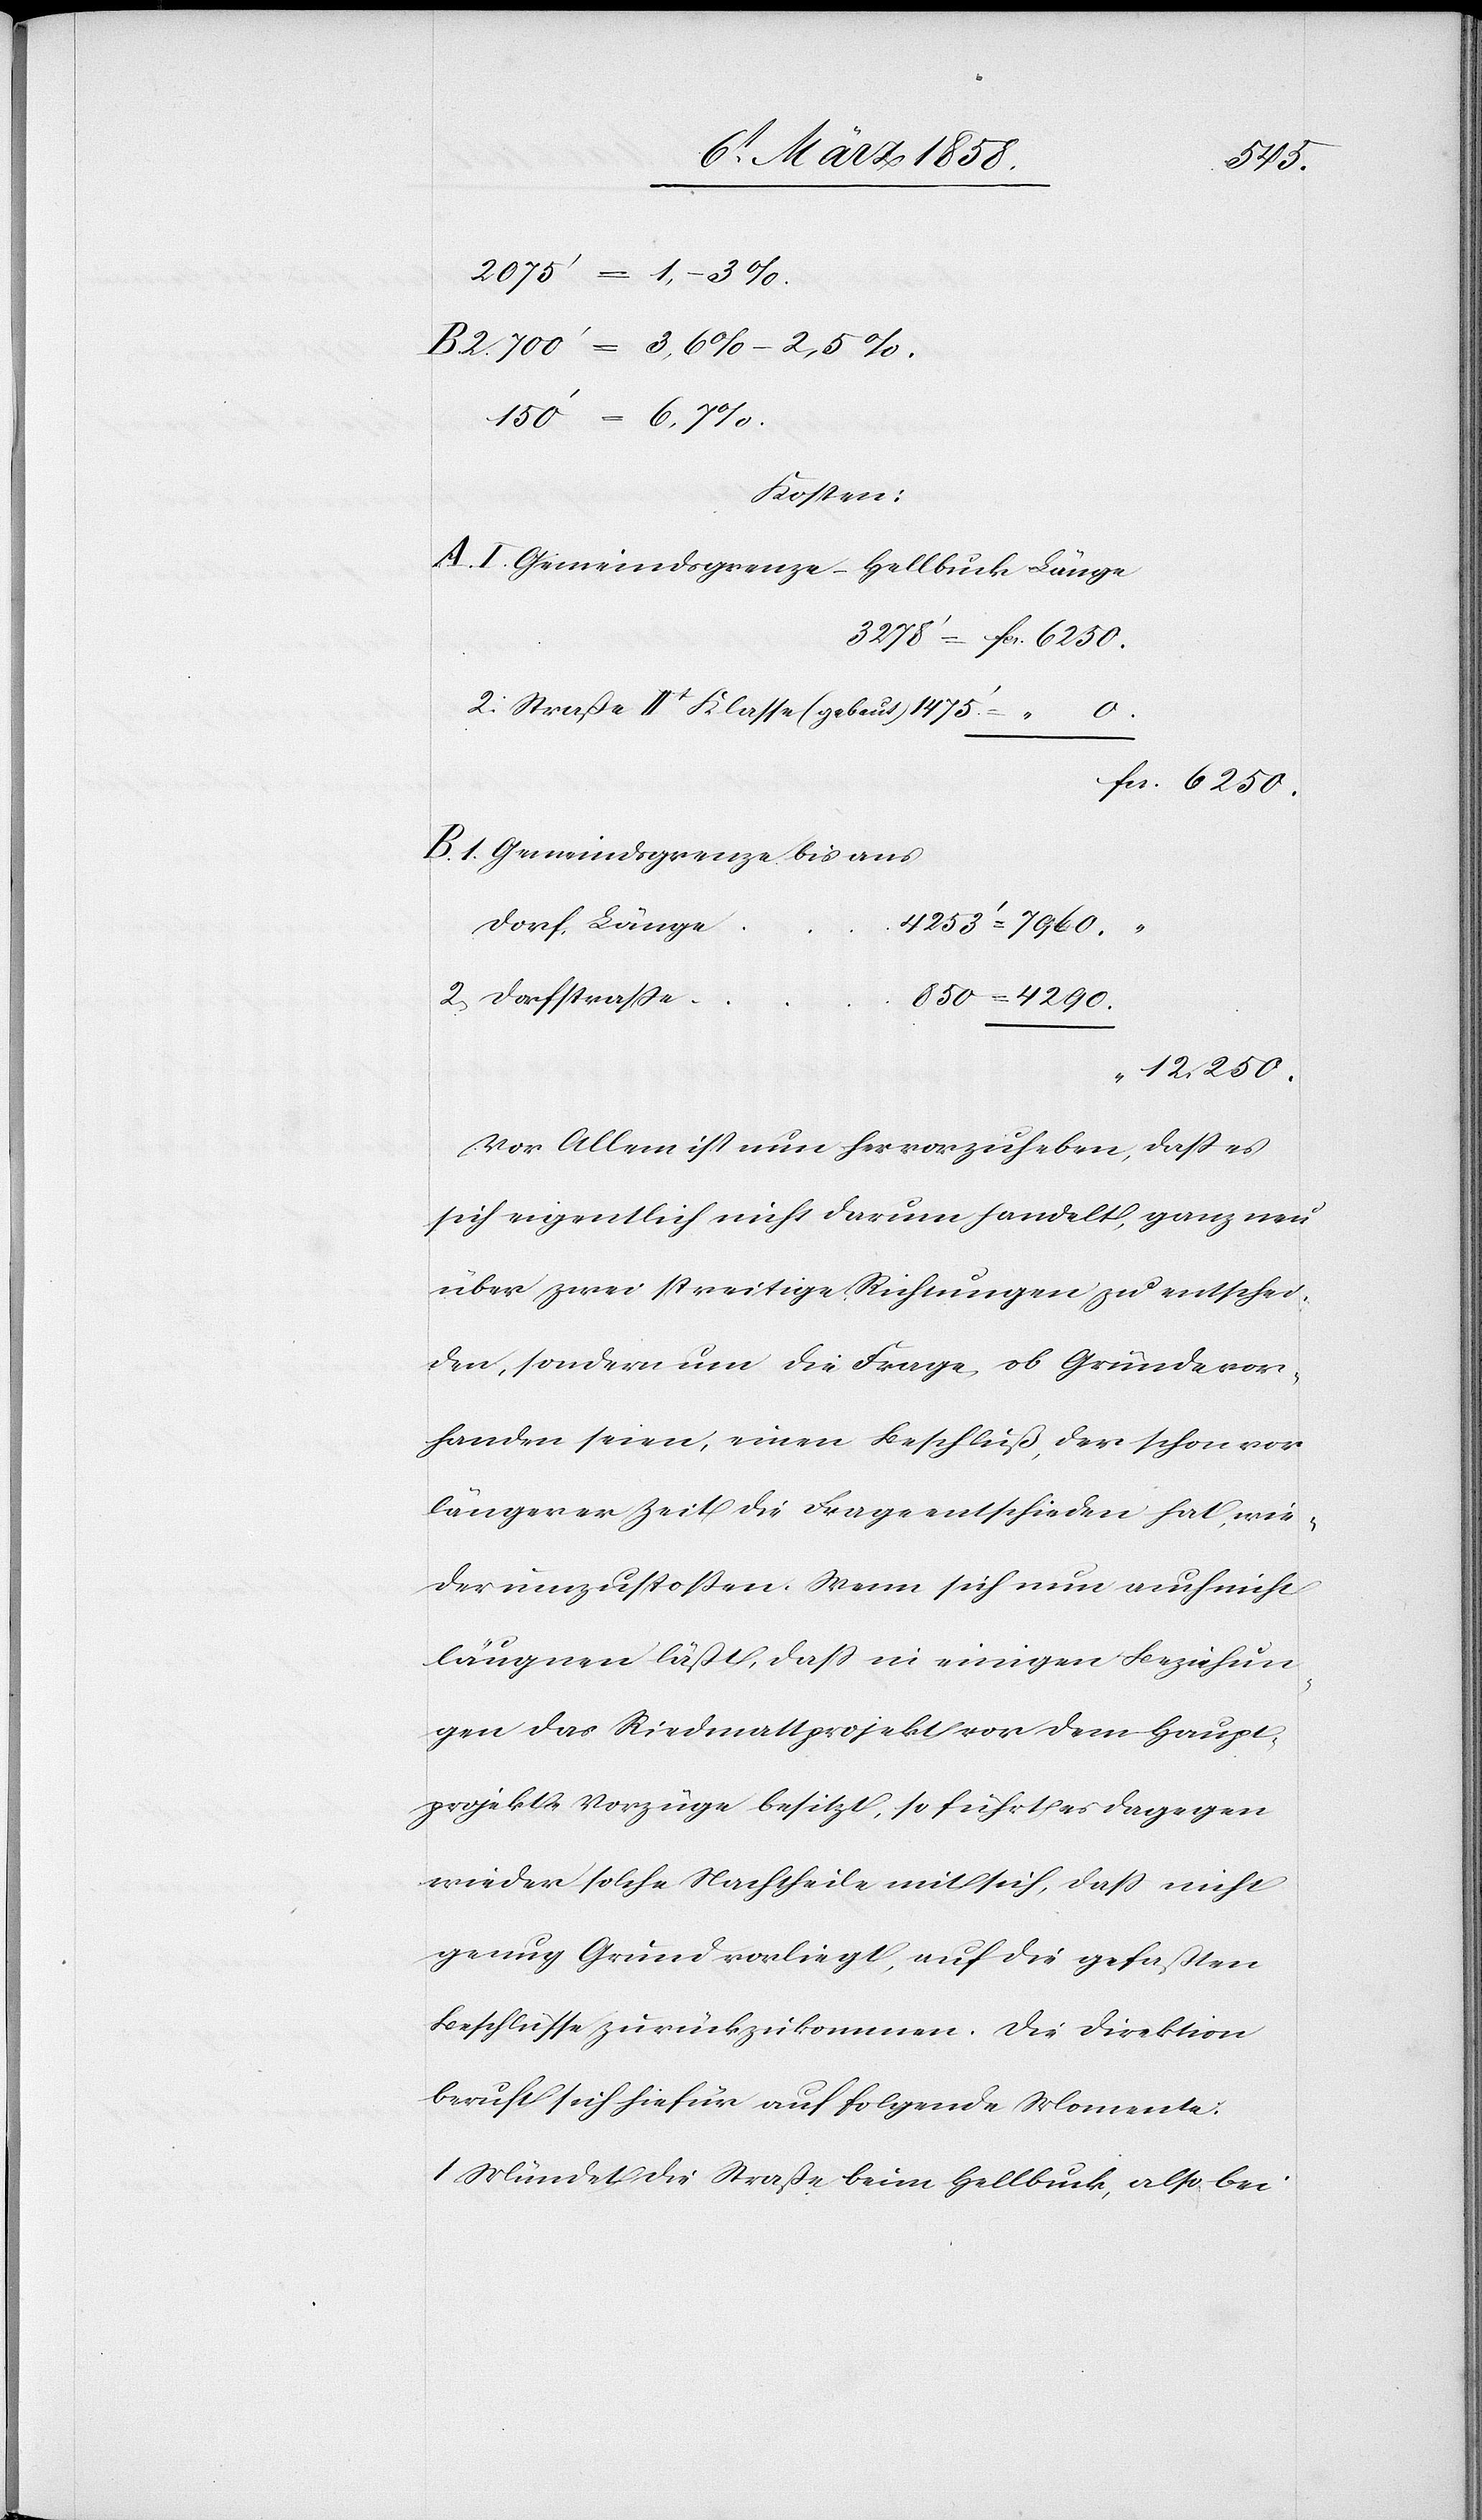
Kosten:
A. I Gemeindsgrenze-Hellbuck Länge
0.
2. Straße IIt Klasse (gebaut)
fcs.
fcs. 6250.
B. 1 Gemeindsgrenze bis ans
Dorf, Länge
2. Dorfstraße
12,250.
Vor Allem ist nun hervorzuheben, daß es
sich eigentlich nicht darum handelt, ganz neu
über zwei streitige Richtungen zu entschei¬
den, sondern um die Frage, ob Gründe vor¬
handen seien, einen Beschluß, der schon vor
längerer Zeit die Frage entschieden hat, wie¬
der einzustoßen. Wenn sich nun auch nicht
läugnen läßt, daß in einigen Beziehun¬
gen das Riedmatt Projekt von dem Haupt¬
projekte Vorzüge besitzt, so führt es dagegen
wieder solche Nachtheile mit sich, daß nicht
genüg Grund vorliegt, auf die gefaßten
Beschlüsse zurückzukommen. Die Direktion
beruft sich hiefür auf folgende Momente:
1. Mündet die Straße beim Hellbuck, also bei